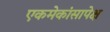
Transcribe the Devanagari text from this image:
एकमेकांसापेक्ष